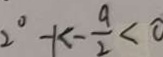
2 ^ { \circ } - k - \frac { 9 } { 2 } < 0